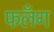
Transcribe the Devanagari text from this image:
फलँग